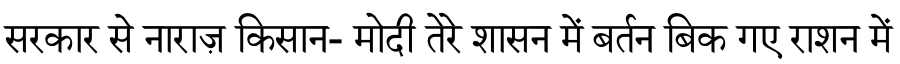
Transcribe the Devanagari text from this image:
सरकार से नाराज़ किसान- मोदी तेरे शासन में बर्तन बिक गए राशन में